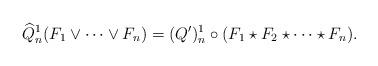
LaTeX: \begin{align*}\widehat{Q}^1_n(F_1\vee \cdots \vee F_n)=(Q')^1_n \circ (F_1\star F_2\star \cdots \star F_n).\end{align*}